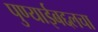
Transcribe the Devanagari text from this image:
पुण्याईबद्दलचा